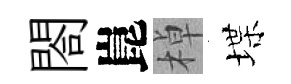
閤崑棹堞